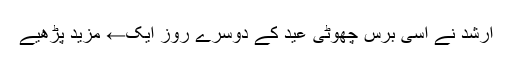
ارشد نے اسی برس چھوٹی عید کے دوسرے روز ایک← مزید پڑھیے